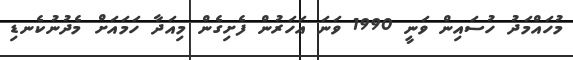
މުހައްމަދު ހުސައިން ވަނީ 1990 ވަނަ އަހަރުން ފެށިގެން މިއަދާ ހަމައަށް މެދުނުކެނޑި